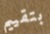
بتقييم